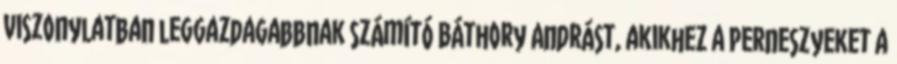
viszonylatban leggazdagabbnak számító Báthory Andrást, akikhez a Perneszyeket a